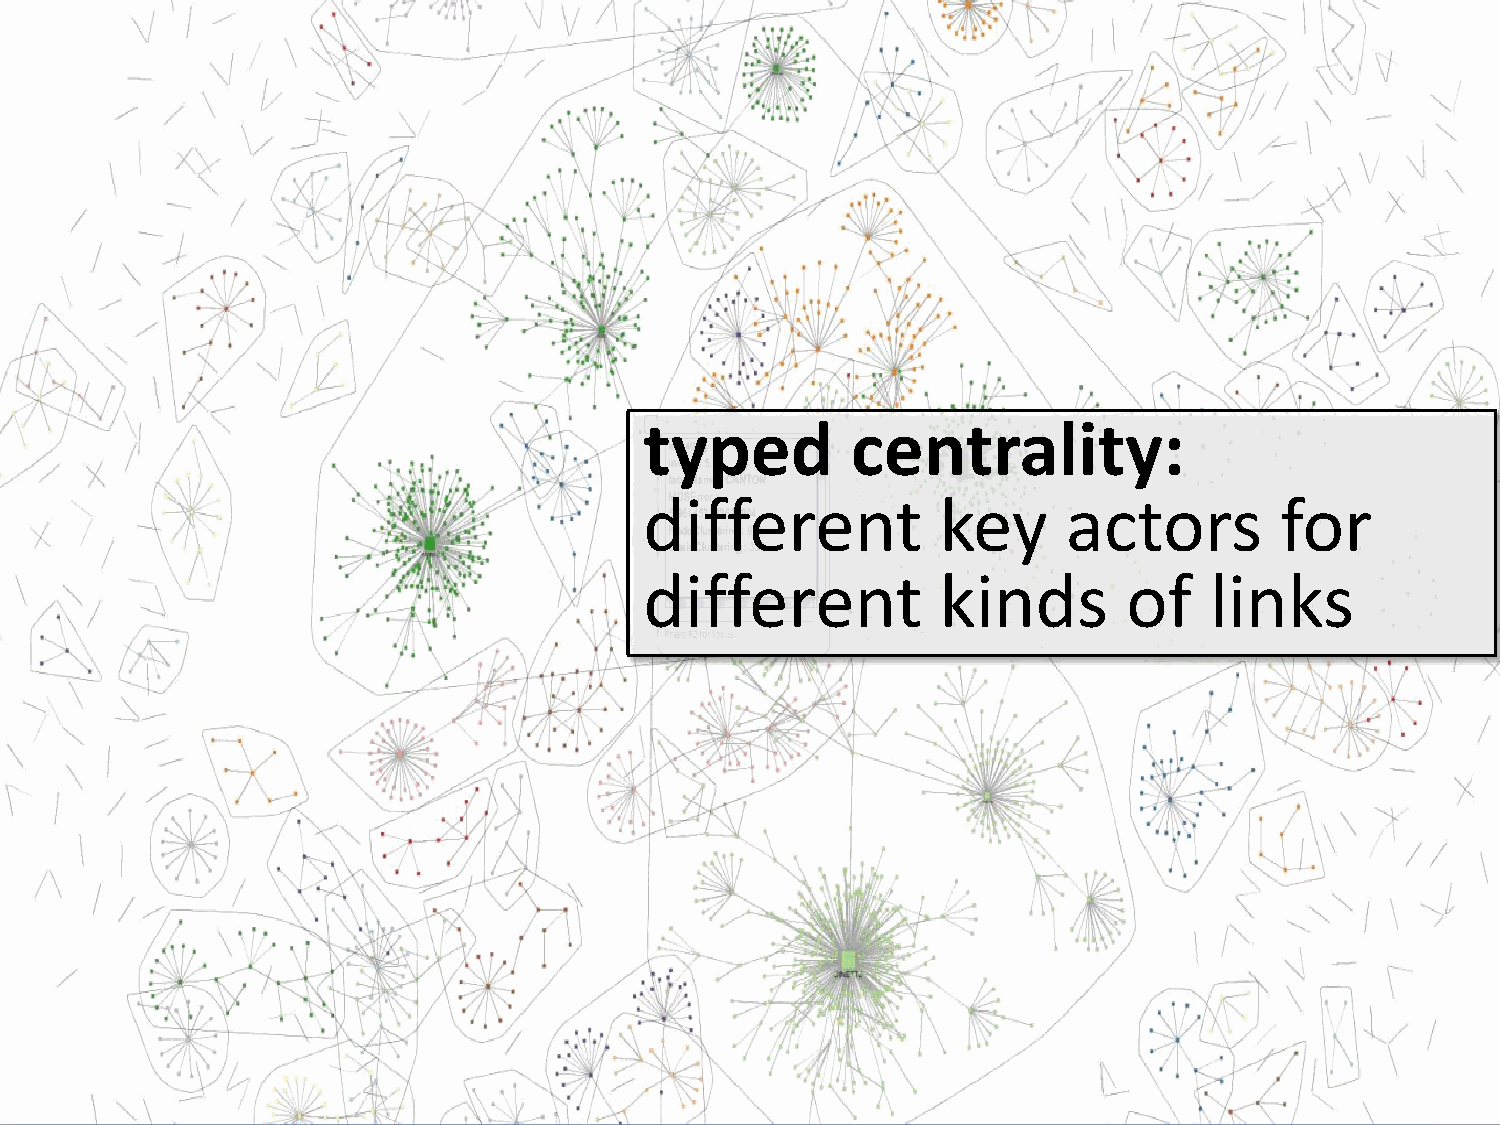
typed        centrality:
 different          key      actors        for
 different          kinds        of   links